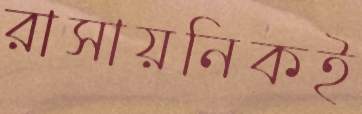
রাসায়নিকই